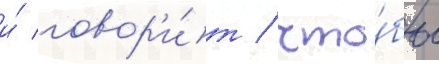
и́ говор'и́т / что́бы